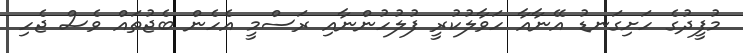
މުފީދުގެ ހަށިގަނޑު އޭނާއާ ހަވާލުކުރީ ފުލުހުންނާއި ރަސްމީ އެހެން ބެޖުތައް ވެސް ޖެހި